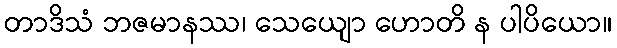
တာဒိသံ ဘဇမာနဿ၊ သေယျော ဟောတိ န ပါပိယော။